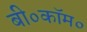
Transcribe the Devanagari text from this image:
बी०कॉम०